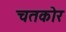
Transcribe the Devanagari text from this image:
चतकोर